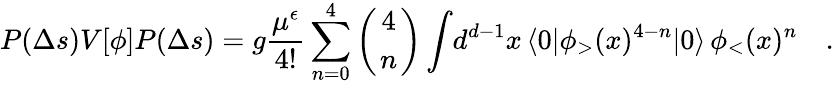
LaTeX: {P(\Delta s)V[\phi]P(\Delta s)}={g}{\frac{\mu^{\epsilon}}{4!}}\sum_{n=0}^{4}\left({4\atop n}\right)\int\! d^{d-1}x\, \langle 0|\phi_{>}(x)^{4-n}|0\rangle\, \phi_{<}(x)^{n}\quad.